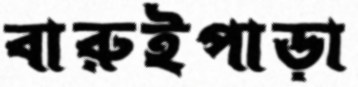
বারুইপাড়া